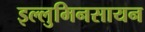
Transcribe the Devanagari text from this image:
इल्लुमिनसायन